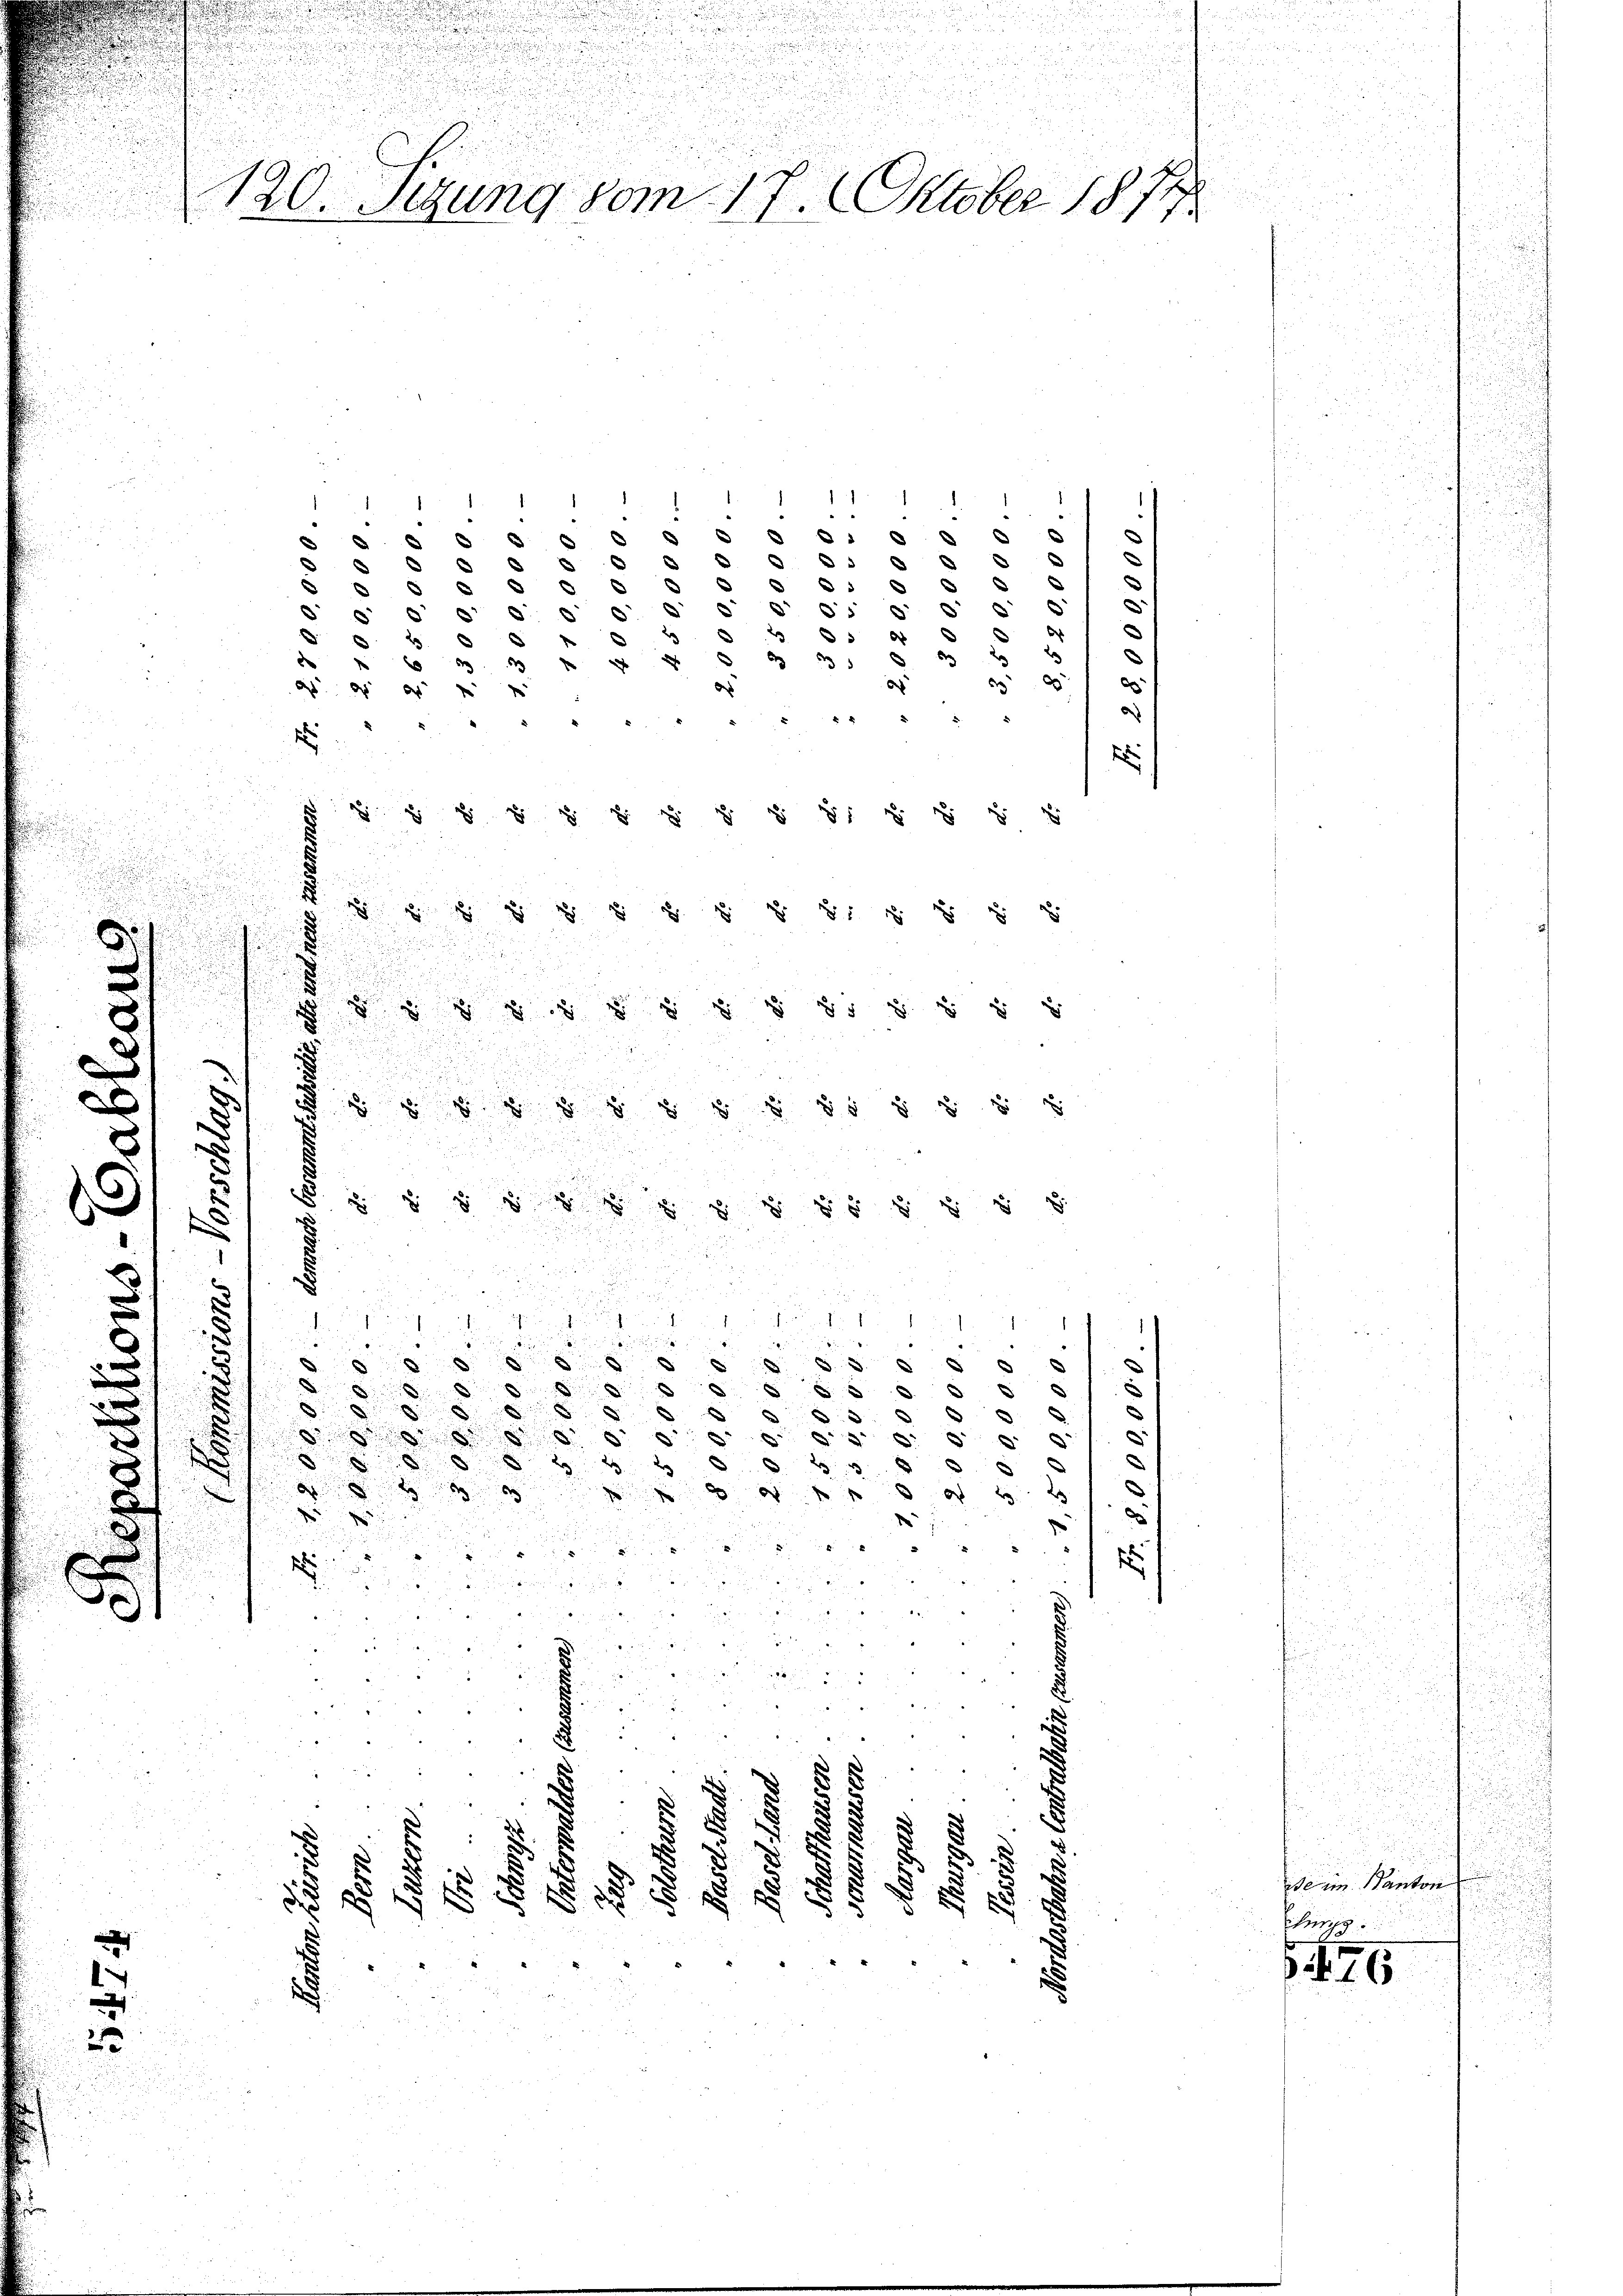
2

d

1
"
e
x
u
d
5
.
58
.
3 5 5
.
39
u
d
.
e
.
36
d.
u
6
¬
u
d
u
2
e
u
d
u
6
d
3 05
6
5
5
i.
e
d
.
d
d
2
.
u
e
3 335,
3 f 0 x
3
8

" " 4
.
" " " 8 " " 4
2       8 § 81 u. s. z.
8      5 § 5 § 51 § 35 v
 55 § 75 § 55
.
.
.
¬
m
u
         55 § 38 u
.
e

d
.
3
d

e
i
i
.
.
.
x
.
8
8
8
.
D
d
a
d
.
.
.
x
d
d
e
5
x
d
g
egage er
.
d
a
2
d
u
d
d

e
1
2
d
¬

s
 " 5
t
m
.

2
2

g
.

.
e
8

 f 0 x
A
d
d

120 Sezung vom 17. Oktober 1874

seine Kantons
s

11